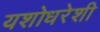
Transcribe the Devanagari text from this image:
यशोधरेशी